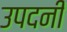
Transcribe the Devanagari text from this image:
उपदनी